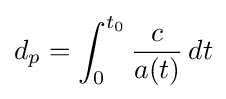
d_{p}=\int _{0}^{t_{0}}{\frac {c}{a(t)}}\,dt